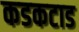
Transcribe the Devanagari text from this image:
कडकटाड